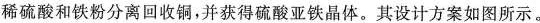
稀硫酸和铁粉分离回收铜，并获得硫酸亚铁晶体。其设计方案如图所示。